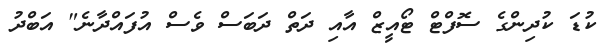
ކުޑަ ކުދިންގެ ސޮފްޓް ޓޯއީޒް އާއި ދަތް ދަބަސް ވެސް އުފައްދާނެ" އަބްދު